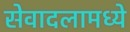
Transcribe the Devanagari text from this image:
सेवादलामध्ये